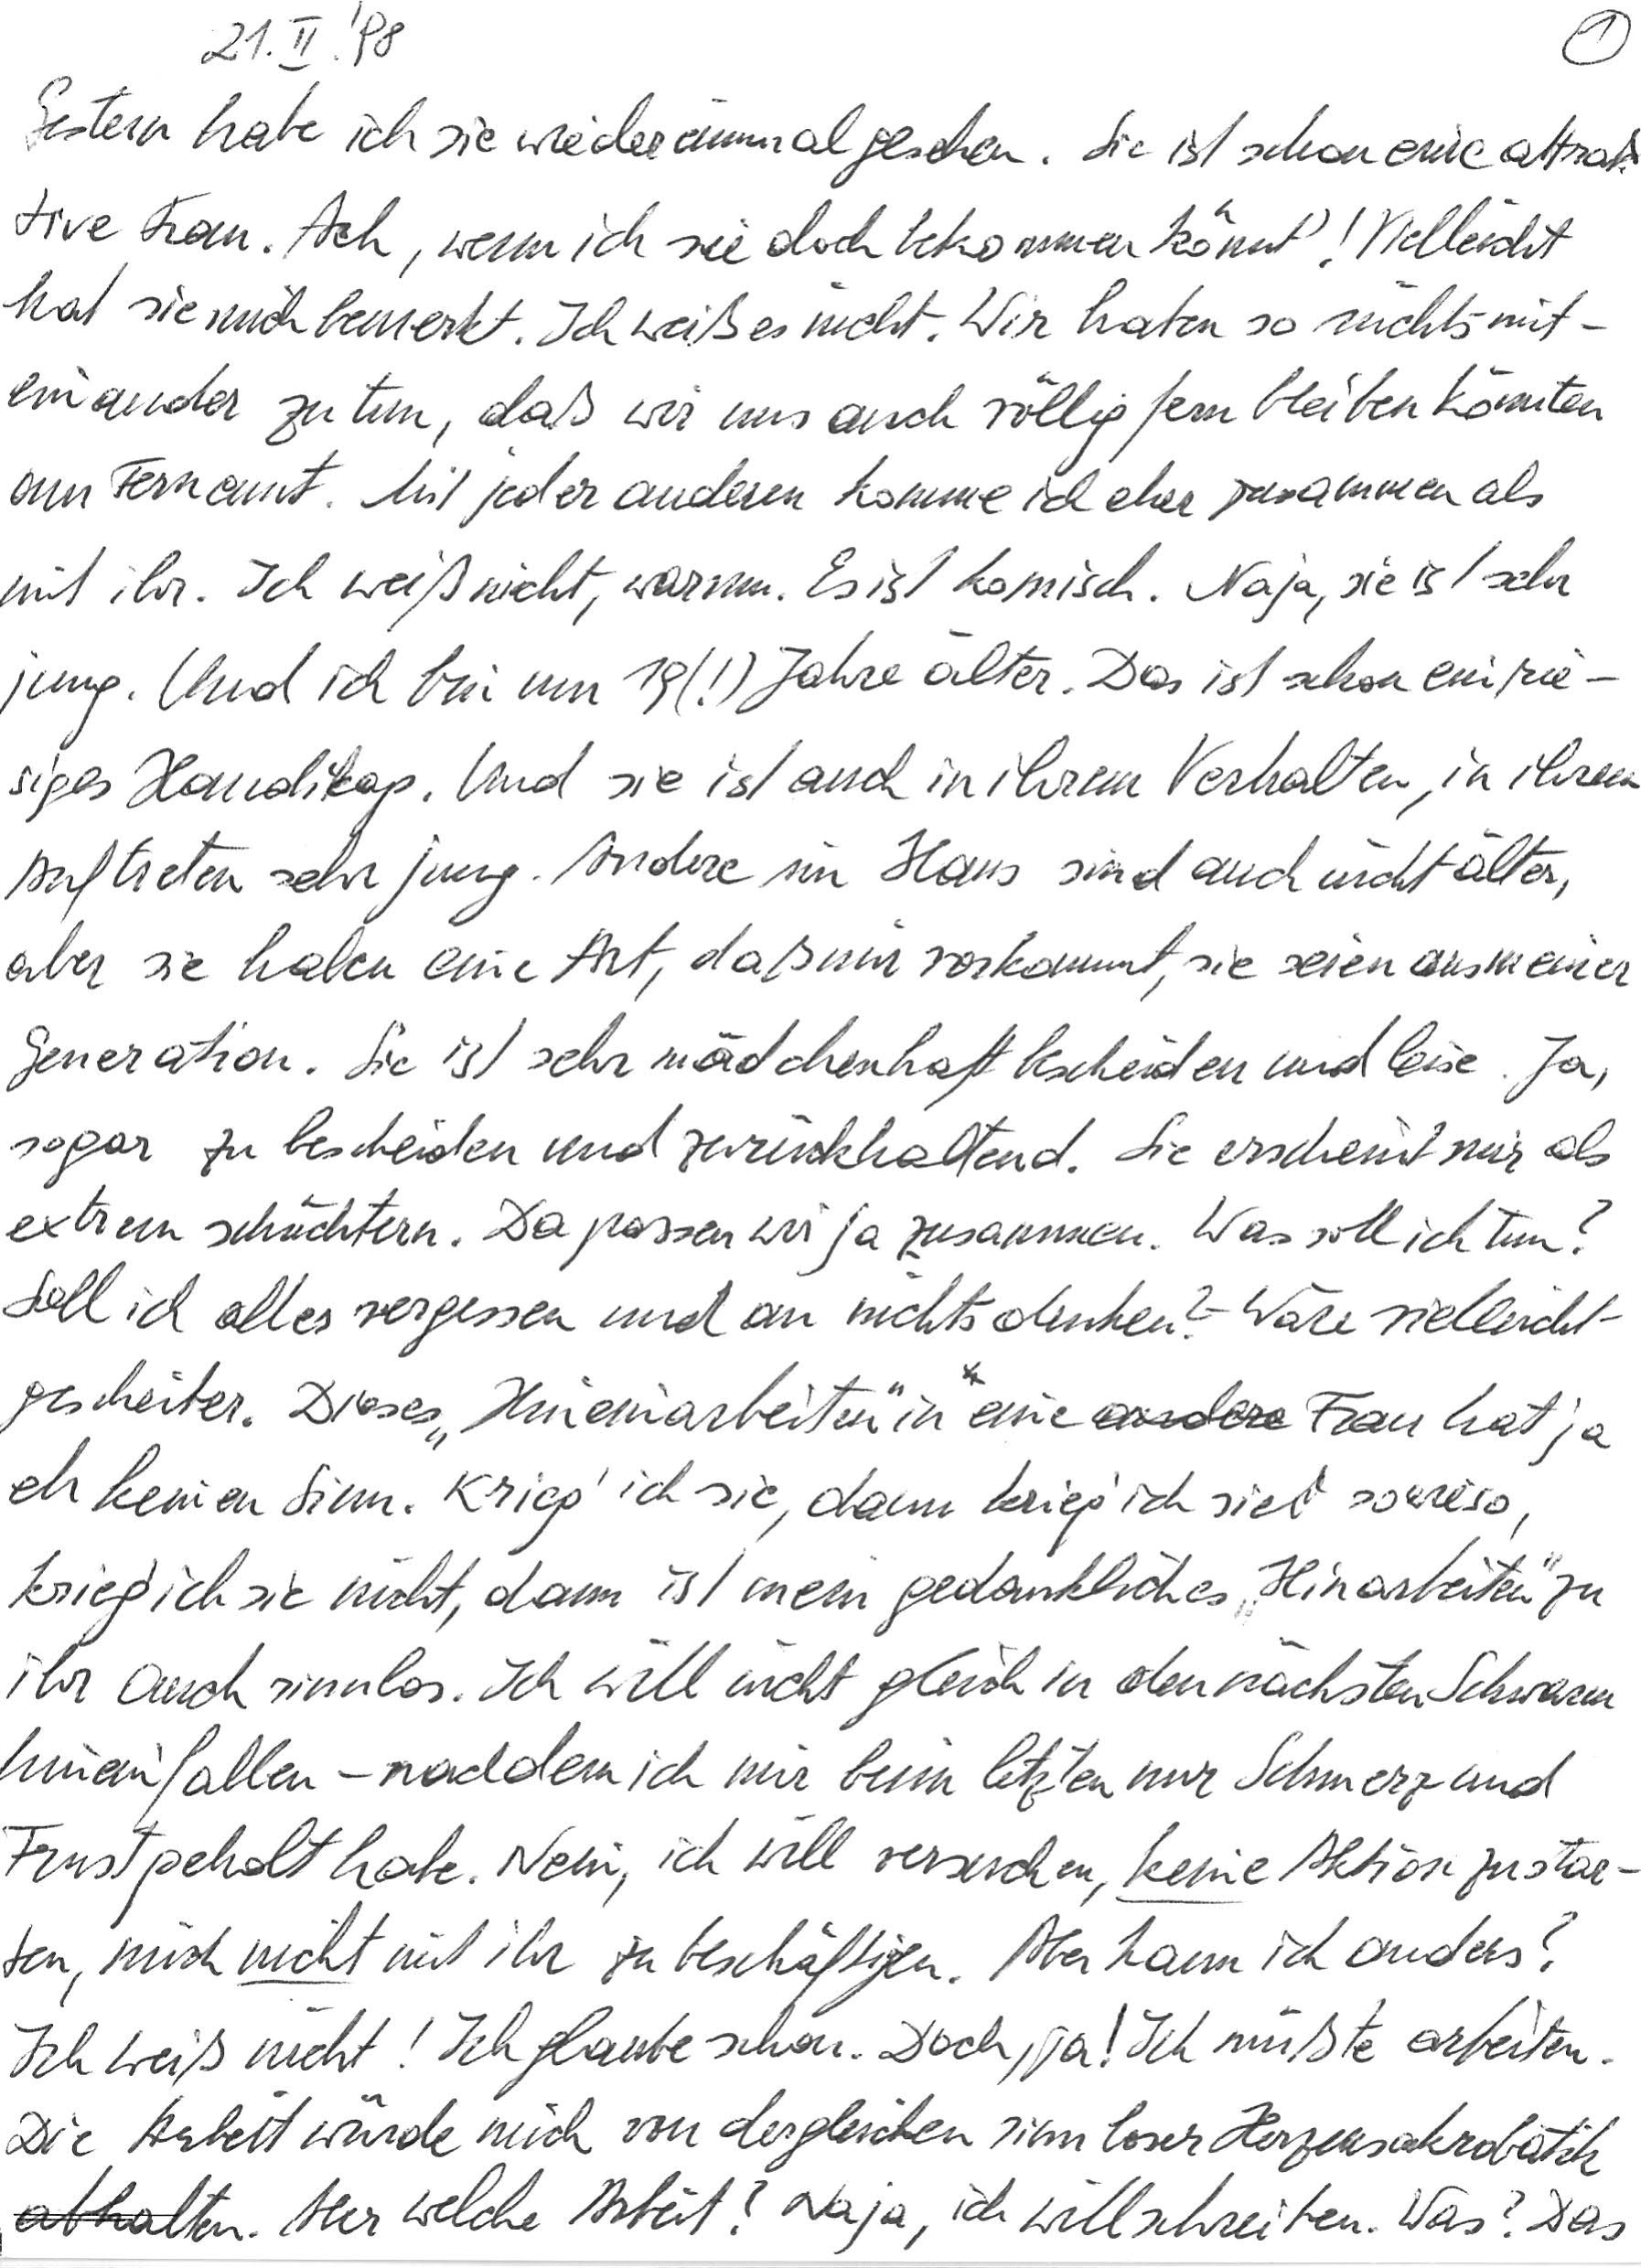
21. II. ‘98
Gestern habe ich sie wieder einmal gesehen. Sie ist schon eine attrak-
tive Frau. Ach, wenn ich sie doch bekommen könnt‘! Vielleicht
hat sie mich bemerkt. Ich weiß es nicht. Wir haben so nichts mit-
einander zu tun, daß wir uns auch völlig fern bleiben könnten
am Fernamt. Mit jeder anderen komme ich eher zusammen als
mit ihr. Ich weiß nicht, warum. Es ist komisch. Naja, sie ist sehr
jung. Und ich bin um 19 (!) Jahre älter. Das ist schon ein rie-
siges Handikap. Und sie ist auch in ihrem Verhalten, in ihrem
Auftreten sehr jung. Andere im Haus sind auch nicht älter,
aber sie haben eine Art, daß mir vorkommt, sie seien aus meiner
Generation. Sie ist sehr mädchenhaft bescheiden und leise. Ja,
sogar zu bescheiden und zurückhaltend. Sie erscheint mir als
extrem schüchtern. Da passen wir ja zusammen. Was soll ich tun?
Soll ich alles vergessen und an nichts denken? – Wäre vielleicht
gescheiter. Dieses „Hineinarbeiten“ in eine Frau hat ja
eh keinen Sinn. Krieg‘ ich sie, dann krieg‘ ich sie sowieso,
krieg‘ ich sie nicht, dann ist mein gedankliches „Hinarbeiten“ zu
ihr auch sinnlos. Ich will nicht gleich in den nächsten Schwarm
hineinfallen – nachdem ich mir beim letzten nur Schmerz und
Frust geholt habe. Nein, ich will versuchen, keine Aktion zu star-
ten, mich nicht mit ihr zu beschäftigen. Aber kann ich anders?
Ich weiß nicht! Ich glaube schon. Doch, ja! Ich müsste arbeiten.
Die Arbeit würde mich von dergleichen sinnloser Herzensakrobatik
abhalten. Aber welche Arbeit? Naja, ich will schreiben. Was? Das